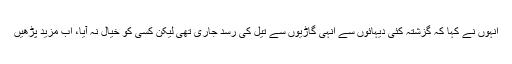
انہوں نے کہا کہ گزشتہ کئی دیہائوں سے انہی گاڑیوں سے تیل کی رسد جاری تھی لیکن کسی کو خیال نہ آیا، اب مزید پڑھیں